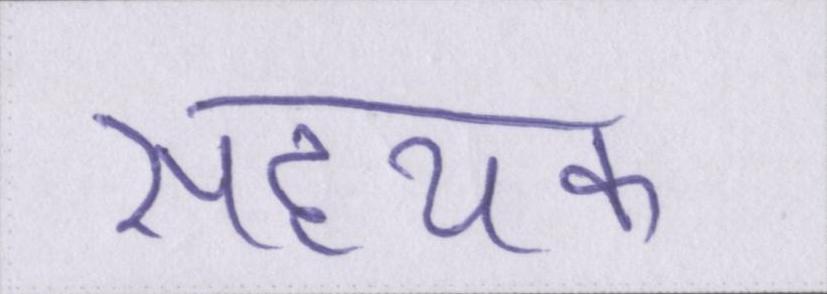
सहयक